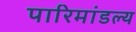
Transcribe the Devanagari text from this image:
पारिमांडल्य